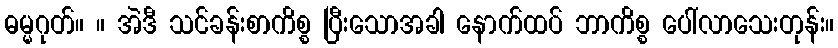
ဓမ္မဂုတ်။ ။ အဲဒီ သင်ခန်းစာကိစ္စ ပြီးသောအခါ နောက်ထပ် ဘာကိစ္စ ပေါ်လာသေးတုန်း။